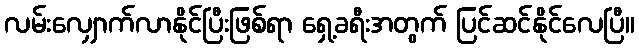
လမ်းလျှောက်လာနိုင်ပြီးဖြစ်ရာ ရှေ့ခရီးအတွက် ပြင်ဆင်နိုင်လေပြီ။